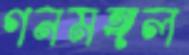
গনমঙ্গল